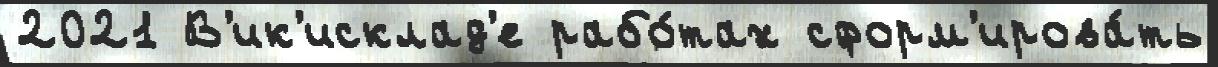
2021 В'ик'исклад'е рабо́тах сформ'ирова́ть